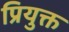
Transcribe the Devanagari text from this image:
प्रियुक्त